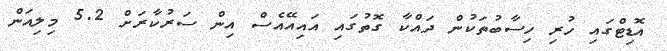
އޮޑިޓްގައި ހުރި ހިސާބުތަކުން ދައްކާ ގޮތުގައި އައިއޭއެސް އިން ސަރުކާރަށް 5.2 މިލިއަން